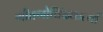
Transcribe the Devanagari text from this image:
गीतगोविंदकर्त्या